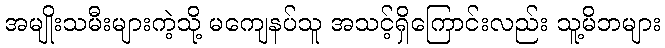
အမျိုးသမီးများကဲ့သို့ မကျေနပ်သူ အသင့်ရှိကြောင်းလည်း သူ့မိဘများ